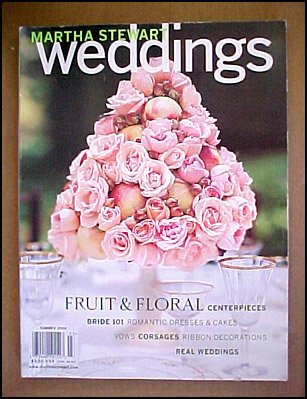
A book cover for Martha Stewart Weddings Summer 2000; Crafts, Hobbies & Home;